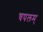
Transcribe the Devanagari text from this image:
चपलम्